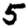
Digit: 5